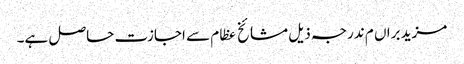
مزید براں م ندرجہ ذیل مشائخ عظام سے اجازت حاصل ہے۔